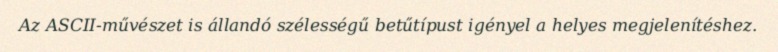
Az ASCII-művészet is állandó szélességű betűtípust igényel a helyes megjelenítéshez.